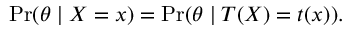
\operatorname* { P r } ( \theta \mid X = x ) = \operatorname* { P r } ( \theta \mid T ( X ) = t ( x ) ) .